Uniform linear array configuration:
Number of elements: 64
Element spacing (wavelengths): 0.25
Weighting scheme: uniform
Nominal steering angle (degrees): -30
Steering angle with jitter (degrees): -28.392
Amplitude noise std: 0.05
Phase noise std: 0.05

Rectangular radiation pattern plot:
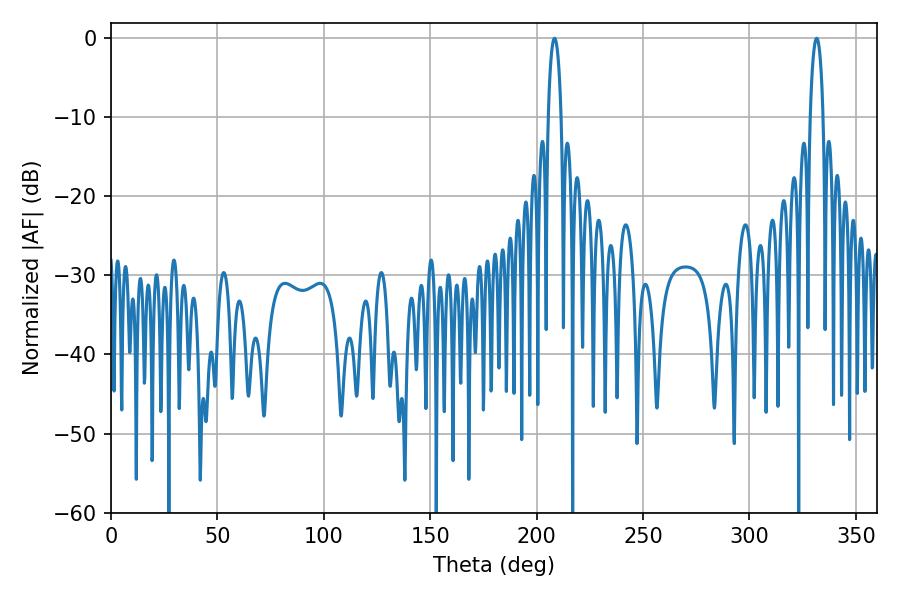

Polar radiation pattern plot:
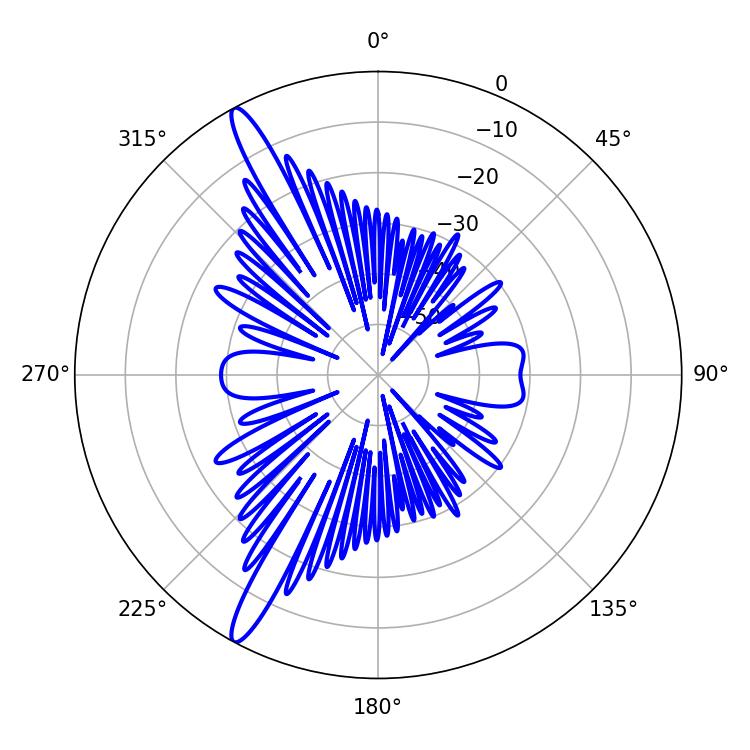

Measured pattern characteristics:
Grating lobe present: FALSE
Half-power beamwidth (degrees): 3.42
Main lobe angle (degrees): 331.56